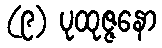
(၉) ပုထုဇ္ဇနော